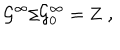
{ \cal G } ^ { \infty } / { \cal G } _ { 0 } ^ { \infty } = { \bf Z \ , }